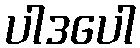
ပါဒပေါ